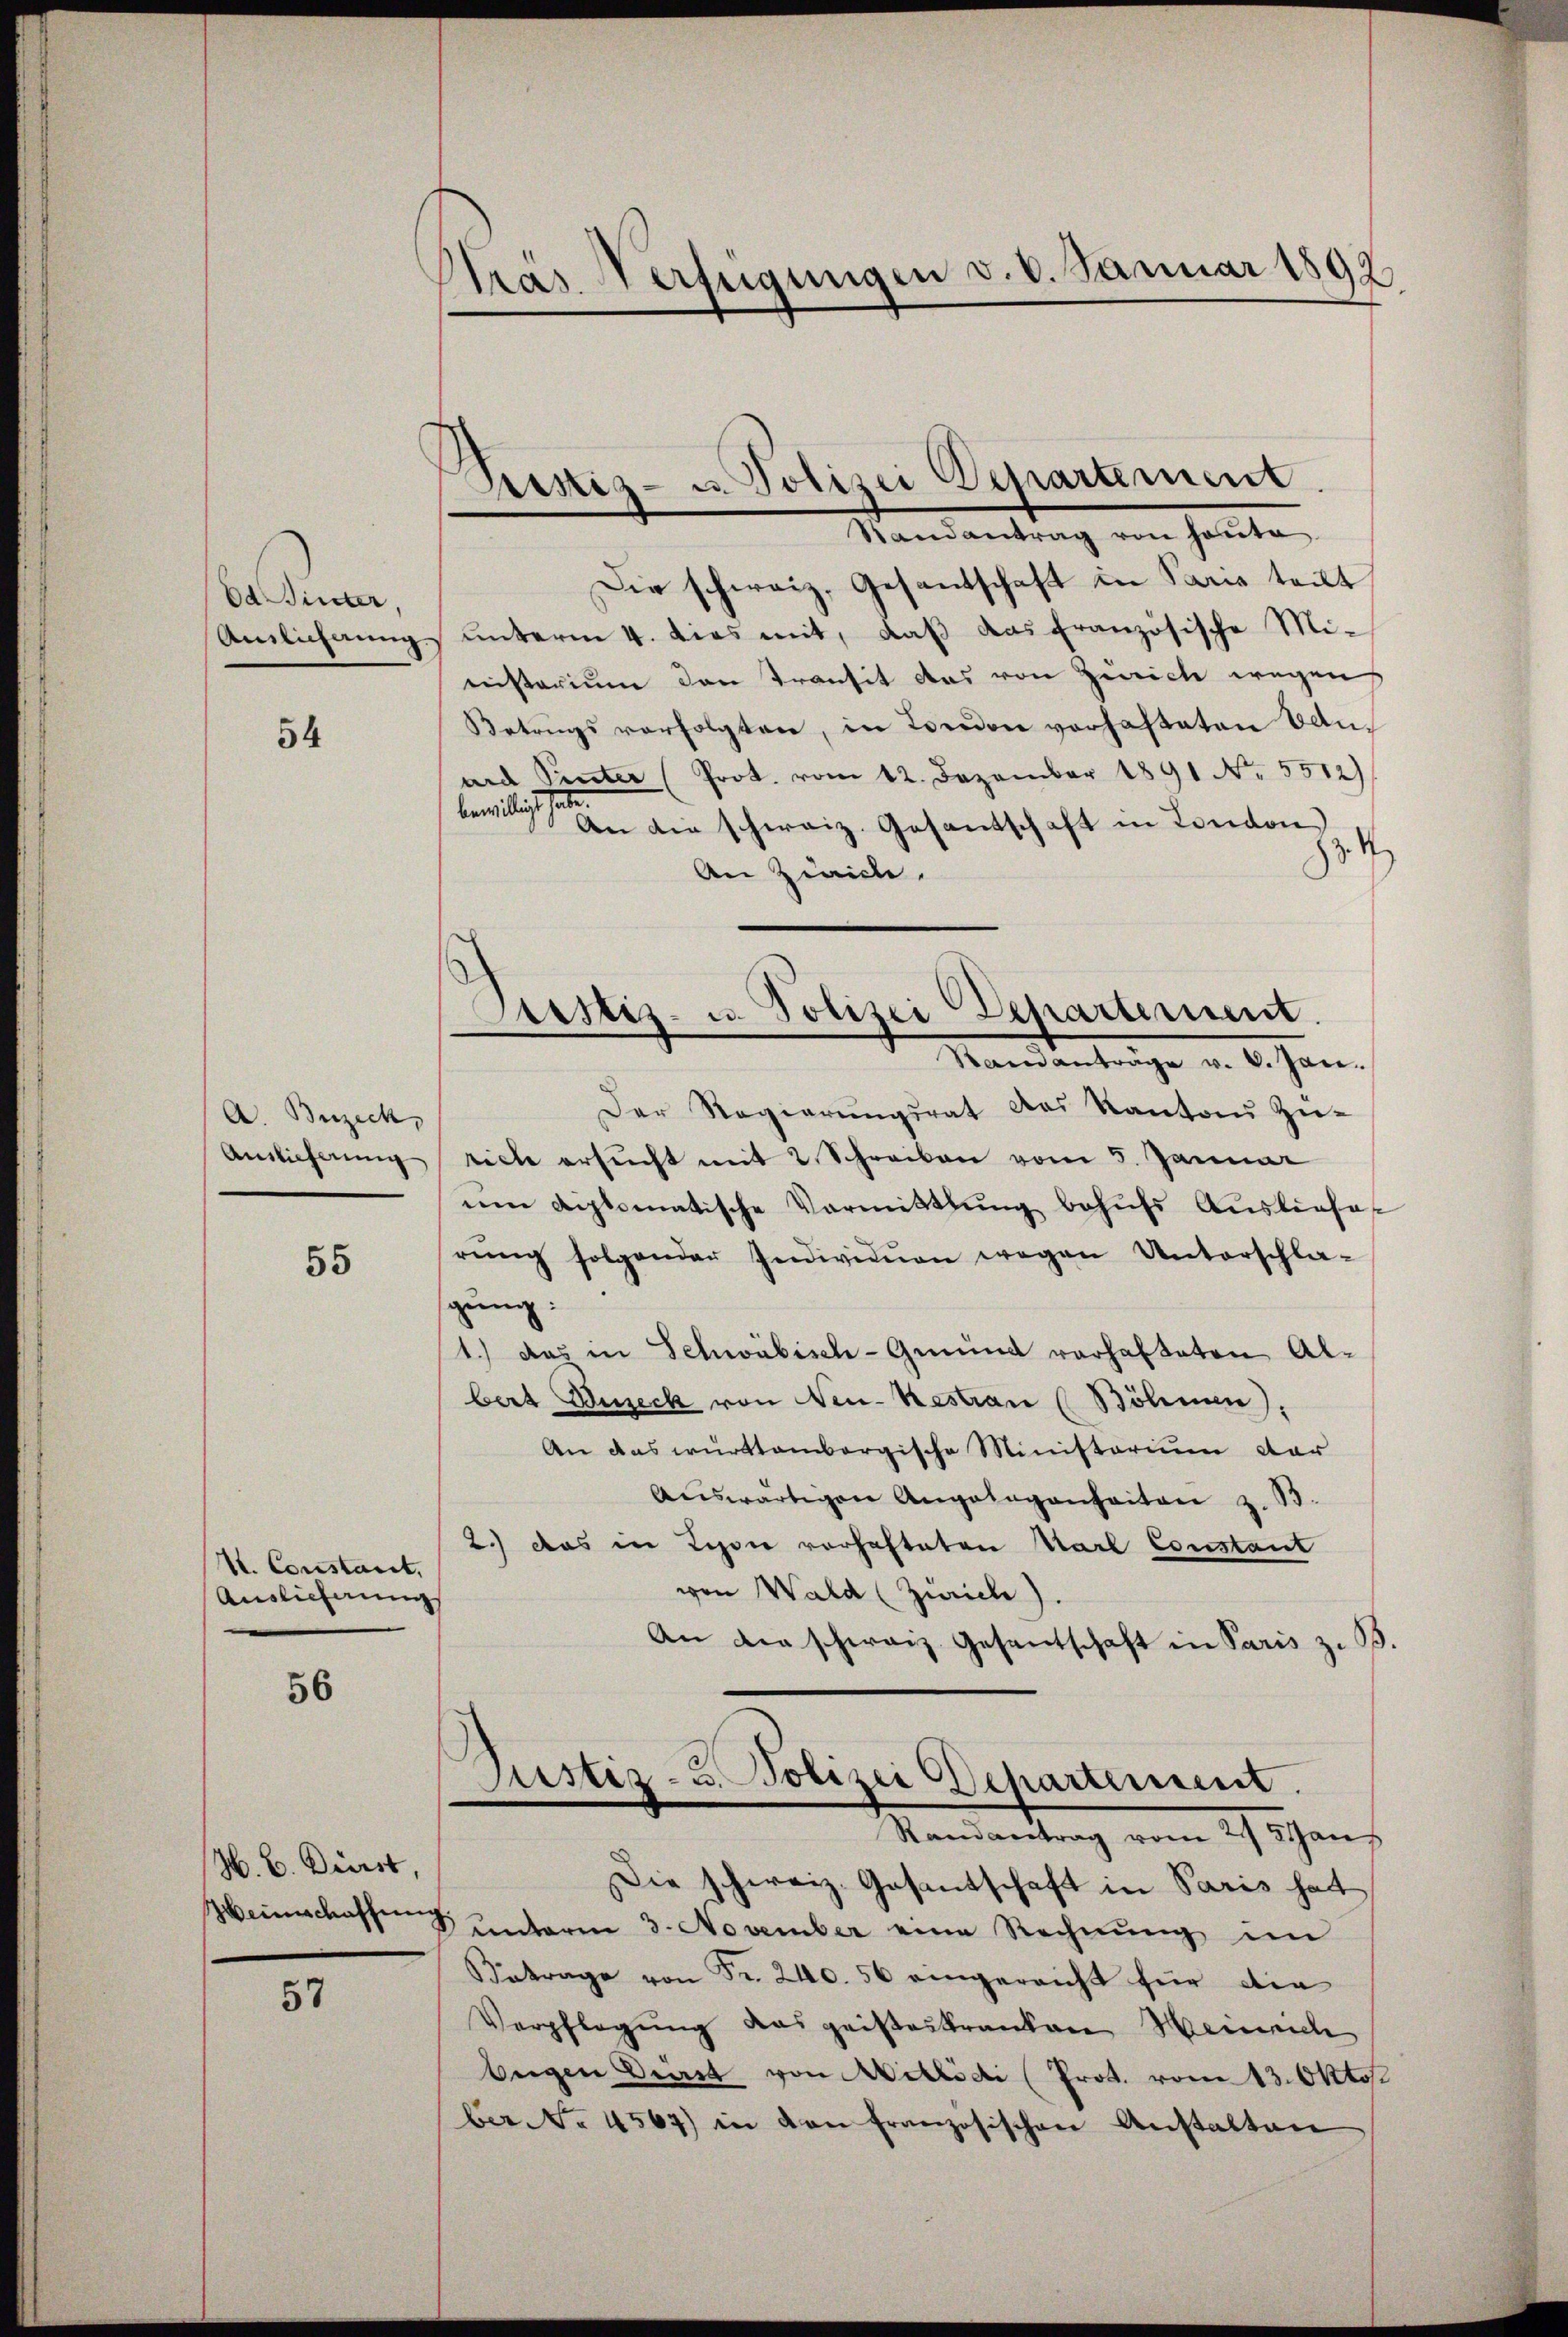
Od Hinter,
Anlichnung.

54

A Buzeck,
Anslicherung

55

V. Constant,
Auslieferung

56

H. B. Dürst,

57

Pras Verfügungen v. 8. Januar 1892

Sistiz- u. Polizei Departement.
Randantrag von heute

Prsstiz- u. Polizei Departement.
Randanträge v. 8. Jan.

Die schweiz. Gesandschaft in Paris teilt
unterm 4. dies mit, daß das französische Mi-
nisterium den Transit das von Zürich wegen
Betrags verfolgten, in London verhafteten Bauard Pinter Prot. vom 12. Dezember 1891 Nr. 5512)
beweiligt seien
An die schweiz. Gesantschaft in London
z. 4
An Zürich.
Der Regierŭngsrat das Kanton Zŭ-
rich ersucht mit 2 Schreiben vom 5. Januar
um diplomatische Vormittlung behŭfs Ausliefes
rŭng folgender Individuen wegen Unterschla-
gung:
1.) Das in Schwäbisch-Gründ varhafteten Albert Buseck von Neu-Restian (Böhmen).
An das württembergische Ministerium dar
aŭswärtigen Angelegenheiten z. B.
2.) das in Lyon vorhafteten Karl Constant
von Wald (Zürich).
¬
An der schweiz. Gesentschaft in Paris z
Justiz- u. Polizei Departement.
Randantrag vom 21 Jans
Die schweiz. Gesantschaft in Paris hat
Heimschaften unterm 3. November eine Rechnung im
Betrage von Fr. 240. 56 eingereicht für die
Verpflegŭng das geisteskranken Meinen
beigen Dürst von Millidi (Prot. vom 13. Okto
ber. Fr. 4567) in den französischen Anstalten